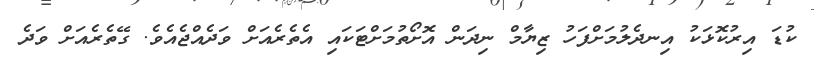
ކުޑަ އިރުކޮޅަކު އިނދެލުމަށްފަހު ޒިޔާމް ނިދަން އޮށޯތުމަށްޓަކައި އެތެރެއަށް ވަދެއްޖެއެވެ. ގޭތެރެއަށް ވަދެ